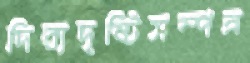
দিব্যদৃষ্টিসম্পন্ন